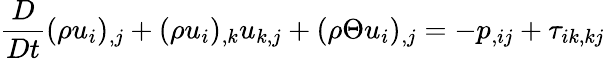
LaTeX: \frac{D}{Dt}(\rho u_{i})_{,j}+(\rho u_{i})_{,k}u_{k,j}+(\rho\Theta u_{i})_{,j}=-p_{,ij}+\tau_{ik,kj}